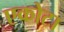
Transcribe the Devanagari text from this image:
एकोटा